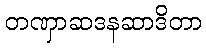
တဏှာဆဒနဆာဒိတာ